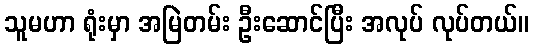
သူမဟာ ရုံးမှာ အမြဲတမ်း ဦးဆောင်ပြီး အလုပ် လုပ်တယ်။